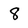
Character: 8